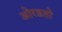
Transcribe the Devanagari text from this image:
ओरडतो